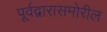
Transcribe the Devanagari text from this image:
पूर्वद्वारासमोरील